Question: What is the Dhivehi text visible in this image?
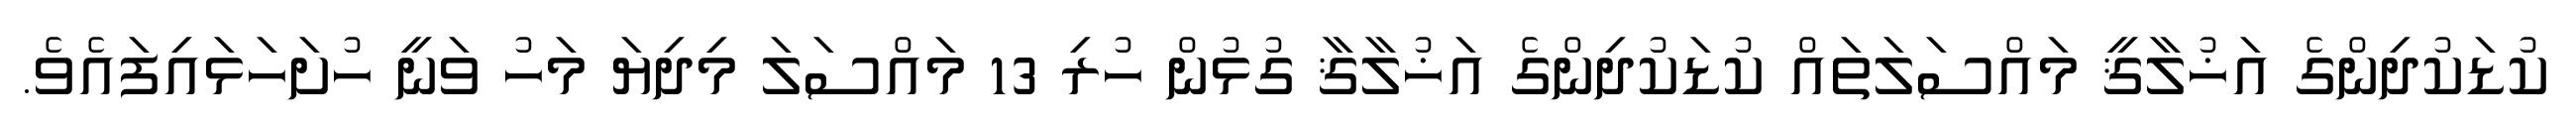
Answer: ކުޑަކުދިންގެ އަޚުލާޤީ މައްސަލަތައް ކުޑަކުދިންގެ އަޚުލާޤާ ގުޅުން ހުރި 13 މައްސަލަ މިދިޔަ މަހު ވަނީ ހުށަހަޅައިފައެވެ.